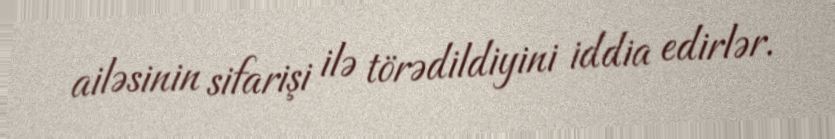
ailəsinin sifarişi ilə törədildiyini iddia edirlər.